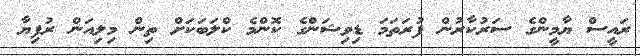
ރައީސް ޔާމީންގެ ސަރުކާރުން ފުރަތަމަ ޑިވިޝަންގެ ކޮންމެ ކްލަބަކަށް ތިން މިލިއަން ރުފިޔާ